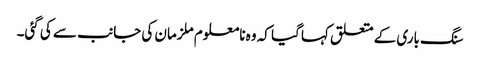
سنگ باری کے متعلق کہا گیا کہ وہ نامعلوم ملزمان کی جانب سے کی گئی۔